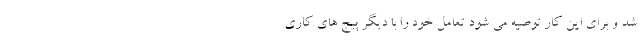
شد و برای این کار توصیه می شود تعامل خود را با دیگر پیج های کاری